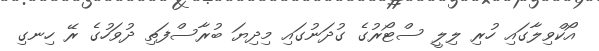
އޯކްވިލާގައި ހުރި ލިލީ ސްޓޯރުގެ ގުދަނުގައި މިދިޔަ ބުރާސްފަތި ދުވަހުގެ ރޭ ހިނގި